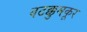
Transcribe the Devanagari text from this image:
वटक्कुमकूर